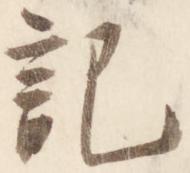
記